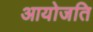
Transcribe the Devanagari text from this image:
आयोजति